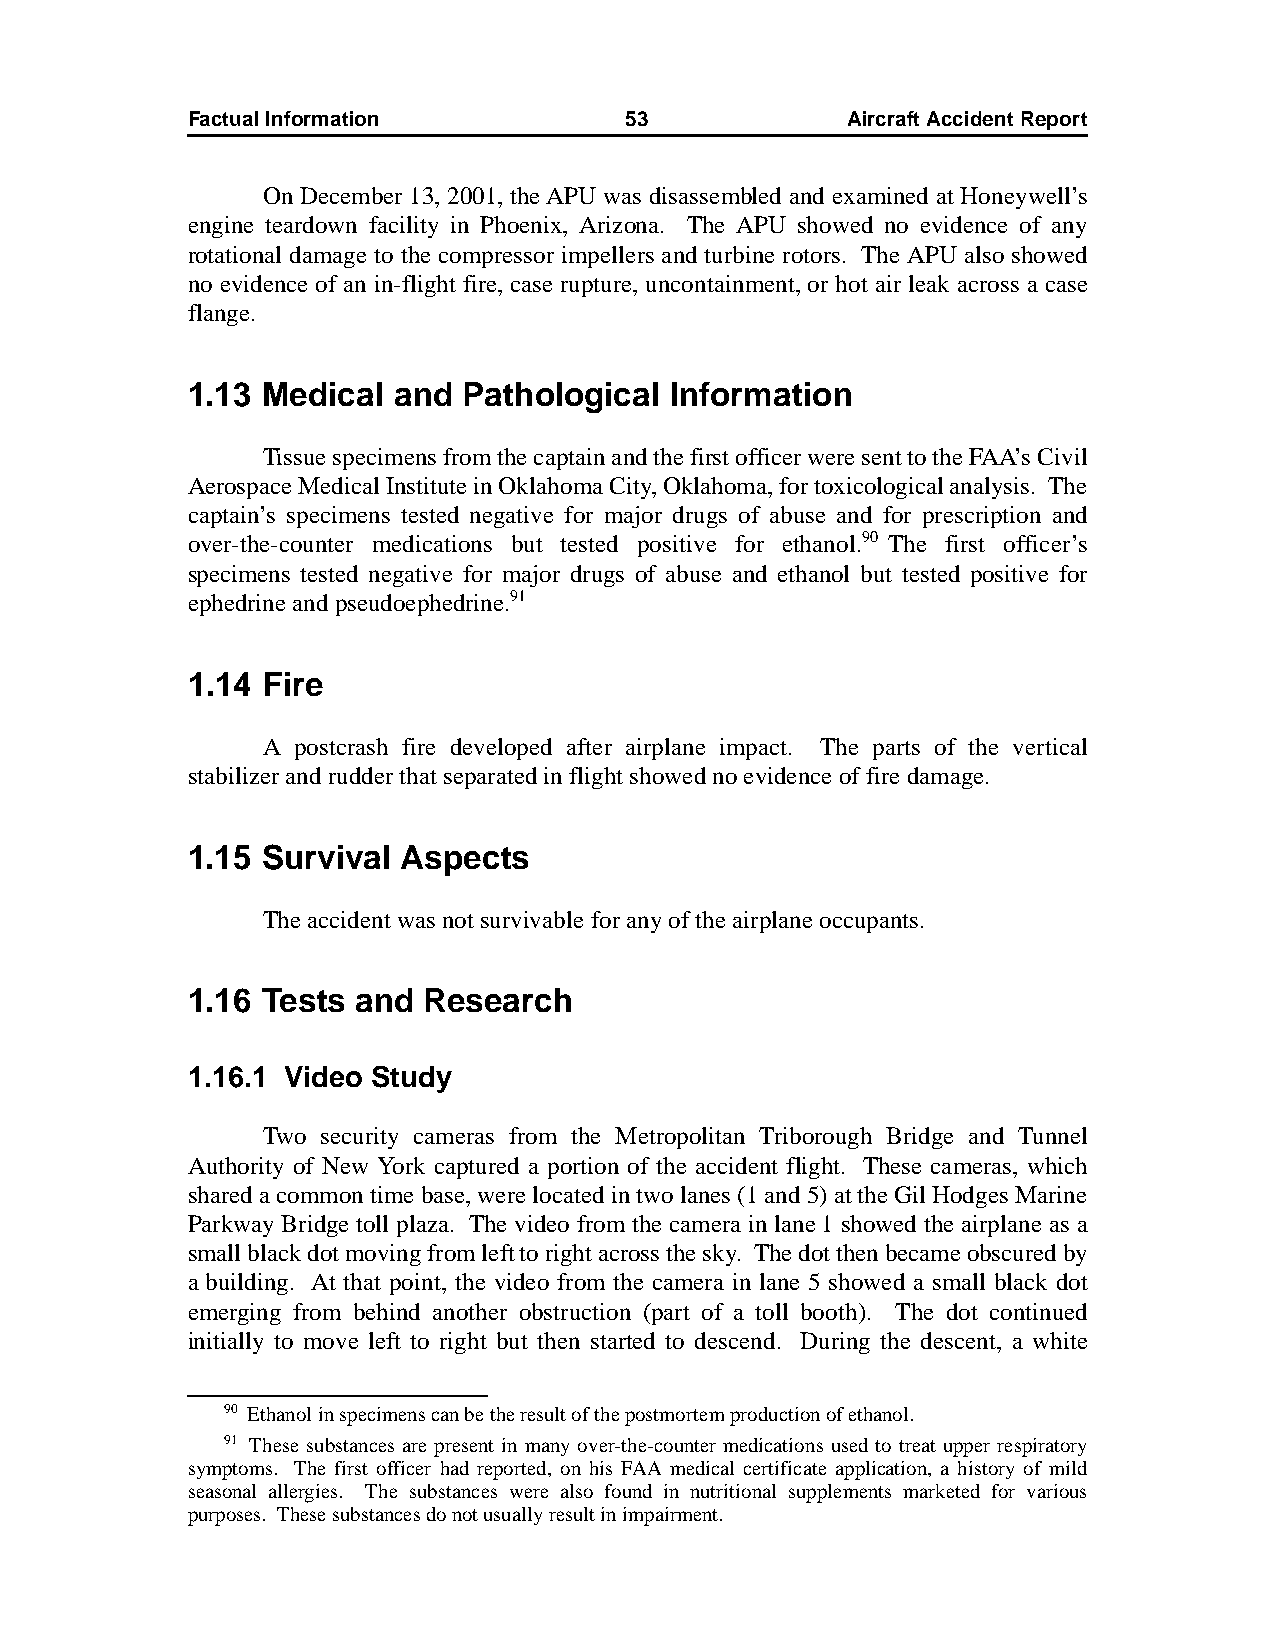
Factual Information          53             AircraftAccidentReport
 On December 13, 2001, the APU was disassembled and examined at Honeywell’s
 engine teardown facility in Phoenix, Arizona. The APU showed no evidence of any
 rotational damage to the compressor impellers and turbine rotors. The APU also showed
 no evidence of an in-flight fire, case rupture, uncontainment, or hot air leak across a case
 flange.
 1.13 Medical  and  Pathological Information
 Tissue specimens from the captain and the first officer were sent to the FAA’s Civil
 Aerospace Medical Institute in Oklahoma City, Oklahoma, for toxicological analysis. The
 captain’s specimens tested negative for major drugs of abuse and for prescription and
 over-the-counter medications but tested positive for ethanol.90 The first officer’s
 specimens tested negative for major drugs of abuse and ethanol but tested positive for
 ephedrine and pseudoephedrine.91
 1.14 Fire
 A postcrash fire developed after airplane impact. The parts of the vertical
 stabilizer and rudder that separated in flight showed no evidence of fire damage.
 1.15 Survival  Aspects
 The accident was not survivable for any of the airplane occupants.
 1.16 Tests  and Research
 1.16.1 Video Study
 Two security cameras from the Metropolitan Triborough Bridge and Tunnel
 Authority of New York captured a portion of the accident flight. These cameras, which
 shared a common time base, were located in two lanes (1 and 5) at the Gil Hodges Marine
 Parkway Bridge toll plaza. The video from the camera in lane 1 showed the airplane as a
 small black dot moving from left to right across the sky. The dot then became obscured by
 a building. At that point, the video from the camera in lane 5 showed a small black dot
 emerging from behind another obstruction (part of a toll booth). The dot continued
 initially to move left to right but then started to descend. During the descent, a white
 90 Ethanol in specimens can be the result of the postmortem production of ethanol.
 91 These substances are present in many over-the-counter medications used to treat upper respiratory
 symptoms. The first officer had reported, on his FAA medical certificate application, a history of mild
 seasonal allergies. The substances were also found in nutritional supplements marketed for various
 purposes. These substances do not usually result in impairment.